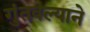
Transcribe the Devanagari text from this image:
गुंतवल्याने